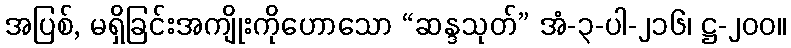
အပြစ်, မရှိခြင်းအကျိုးကိုဟောသော “ဆန္ဒသုတ်” အံ-၃-ပါ-၂၁၆၊ ဋ္ဌ-၂၀၀။